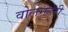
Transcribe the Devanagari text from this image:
वोलेनटरी